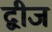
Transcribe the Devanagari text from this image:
द्वीज